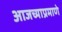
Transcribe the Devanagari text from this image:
आजच्याप्रमाणे